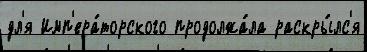
дл'я Имп'ера́торского продолжа́ла раскры́лс'я